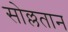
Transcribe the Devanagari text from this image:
सोल्लतान